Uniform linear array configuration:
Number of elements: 24
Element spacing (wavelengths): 1
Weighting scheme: exponential
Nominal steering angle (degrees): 15
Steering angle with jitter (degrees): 16.187
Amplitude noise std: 0.05
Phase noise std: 0.05

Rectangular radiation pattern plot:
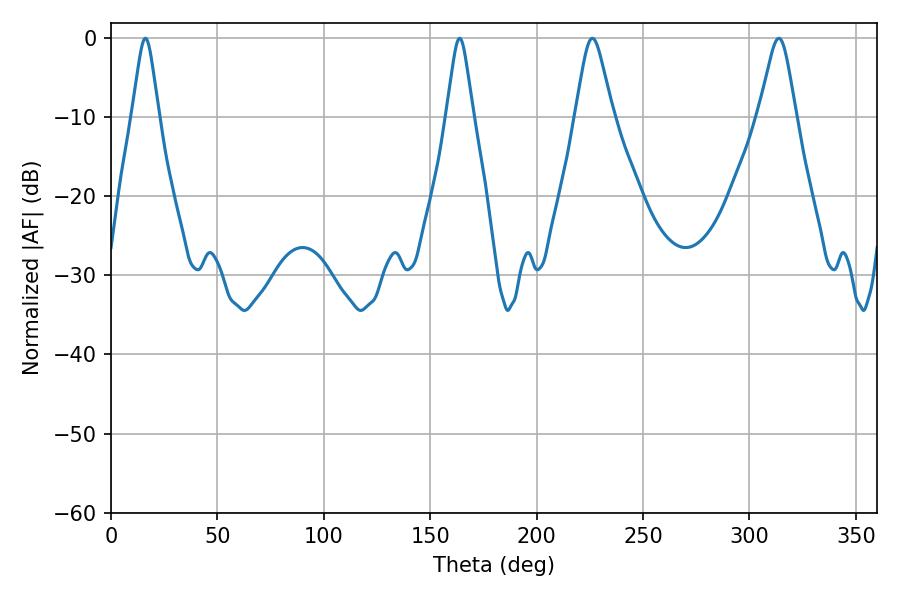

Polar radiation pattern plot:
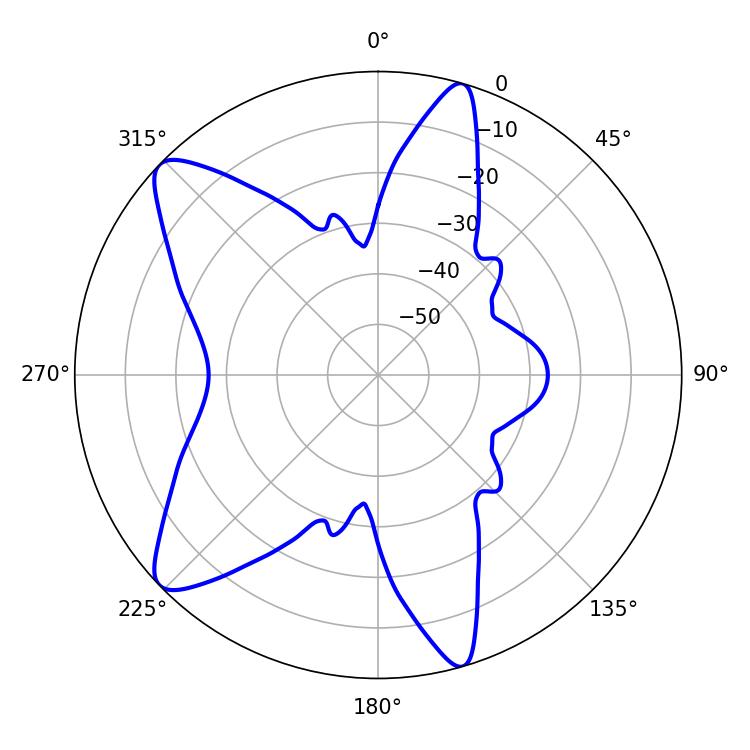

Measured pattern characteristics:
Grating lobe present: TRUE
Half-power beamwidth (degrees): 5.94
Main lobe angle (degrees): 163.8